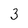
Character: 3